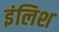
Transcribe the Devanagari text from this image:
इंलिश